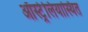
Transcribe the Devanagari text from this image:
ऑस्ट्रेलियास्थित